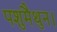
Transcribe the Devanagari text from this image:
पशुमैथुन।